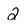
Character: 2